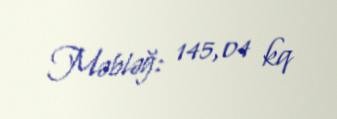
Məbləğ: 145,04 kq